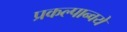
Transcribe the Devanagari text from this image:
प्रकल्पान्वये